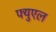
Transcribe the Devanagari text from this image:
फ्युएल